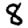
Digit: 8